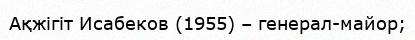
Ақжігіт Исабеков (1955) – генерал-майор;